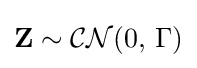
\mathbf {Z} \sim {\mathcal {CN}}(0,\,\Gamma )